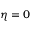
\eta = 0